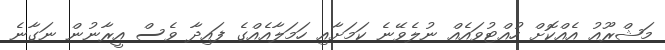
މަޝްރޫއު އެއްކޮށް ހުއްޓުވައެއް ނުލެވޭނެ ކަމަށާއި ހަމަލާއެއްގެ ފައިދާ ވެސް އީރާނުން ނަގާނެ